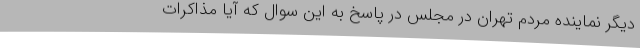
دیگر نماینده مردم تهران در مجلس در پاسخ به این سوال که آیا مذاکرات